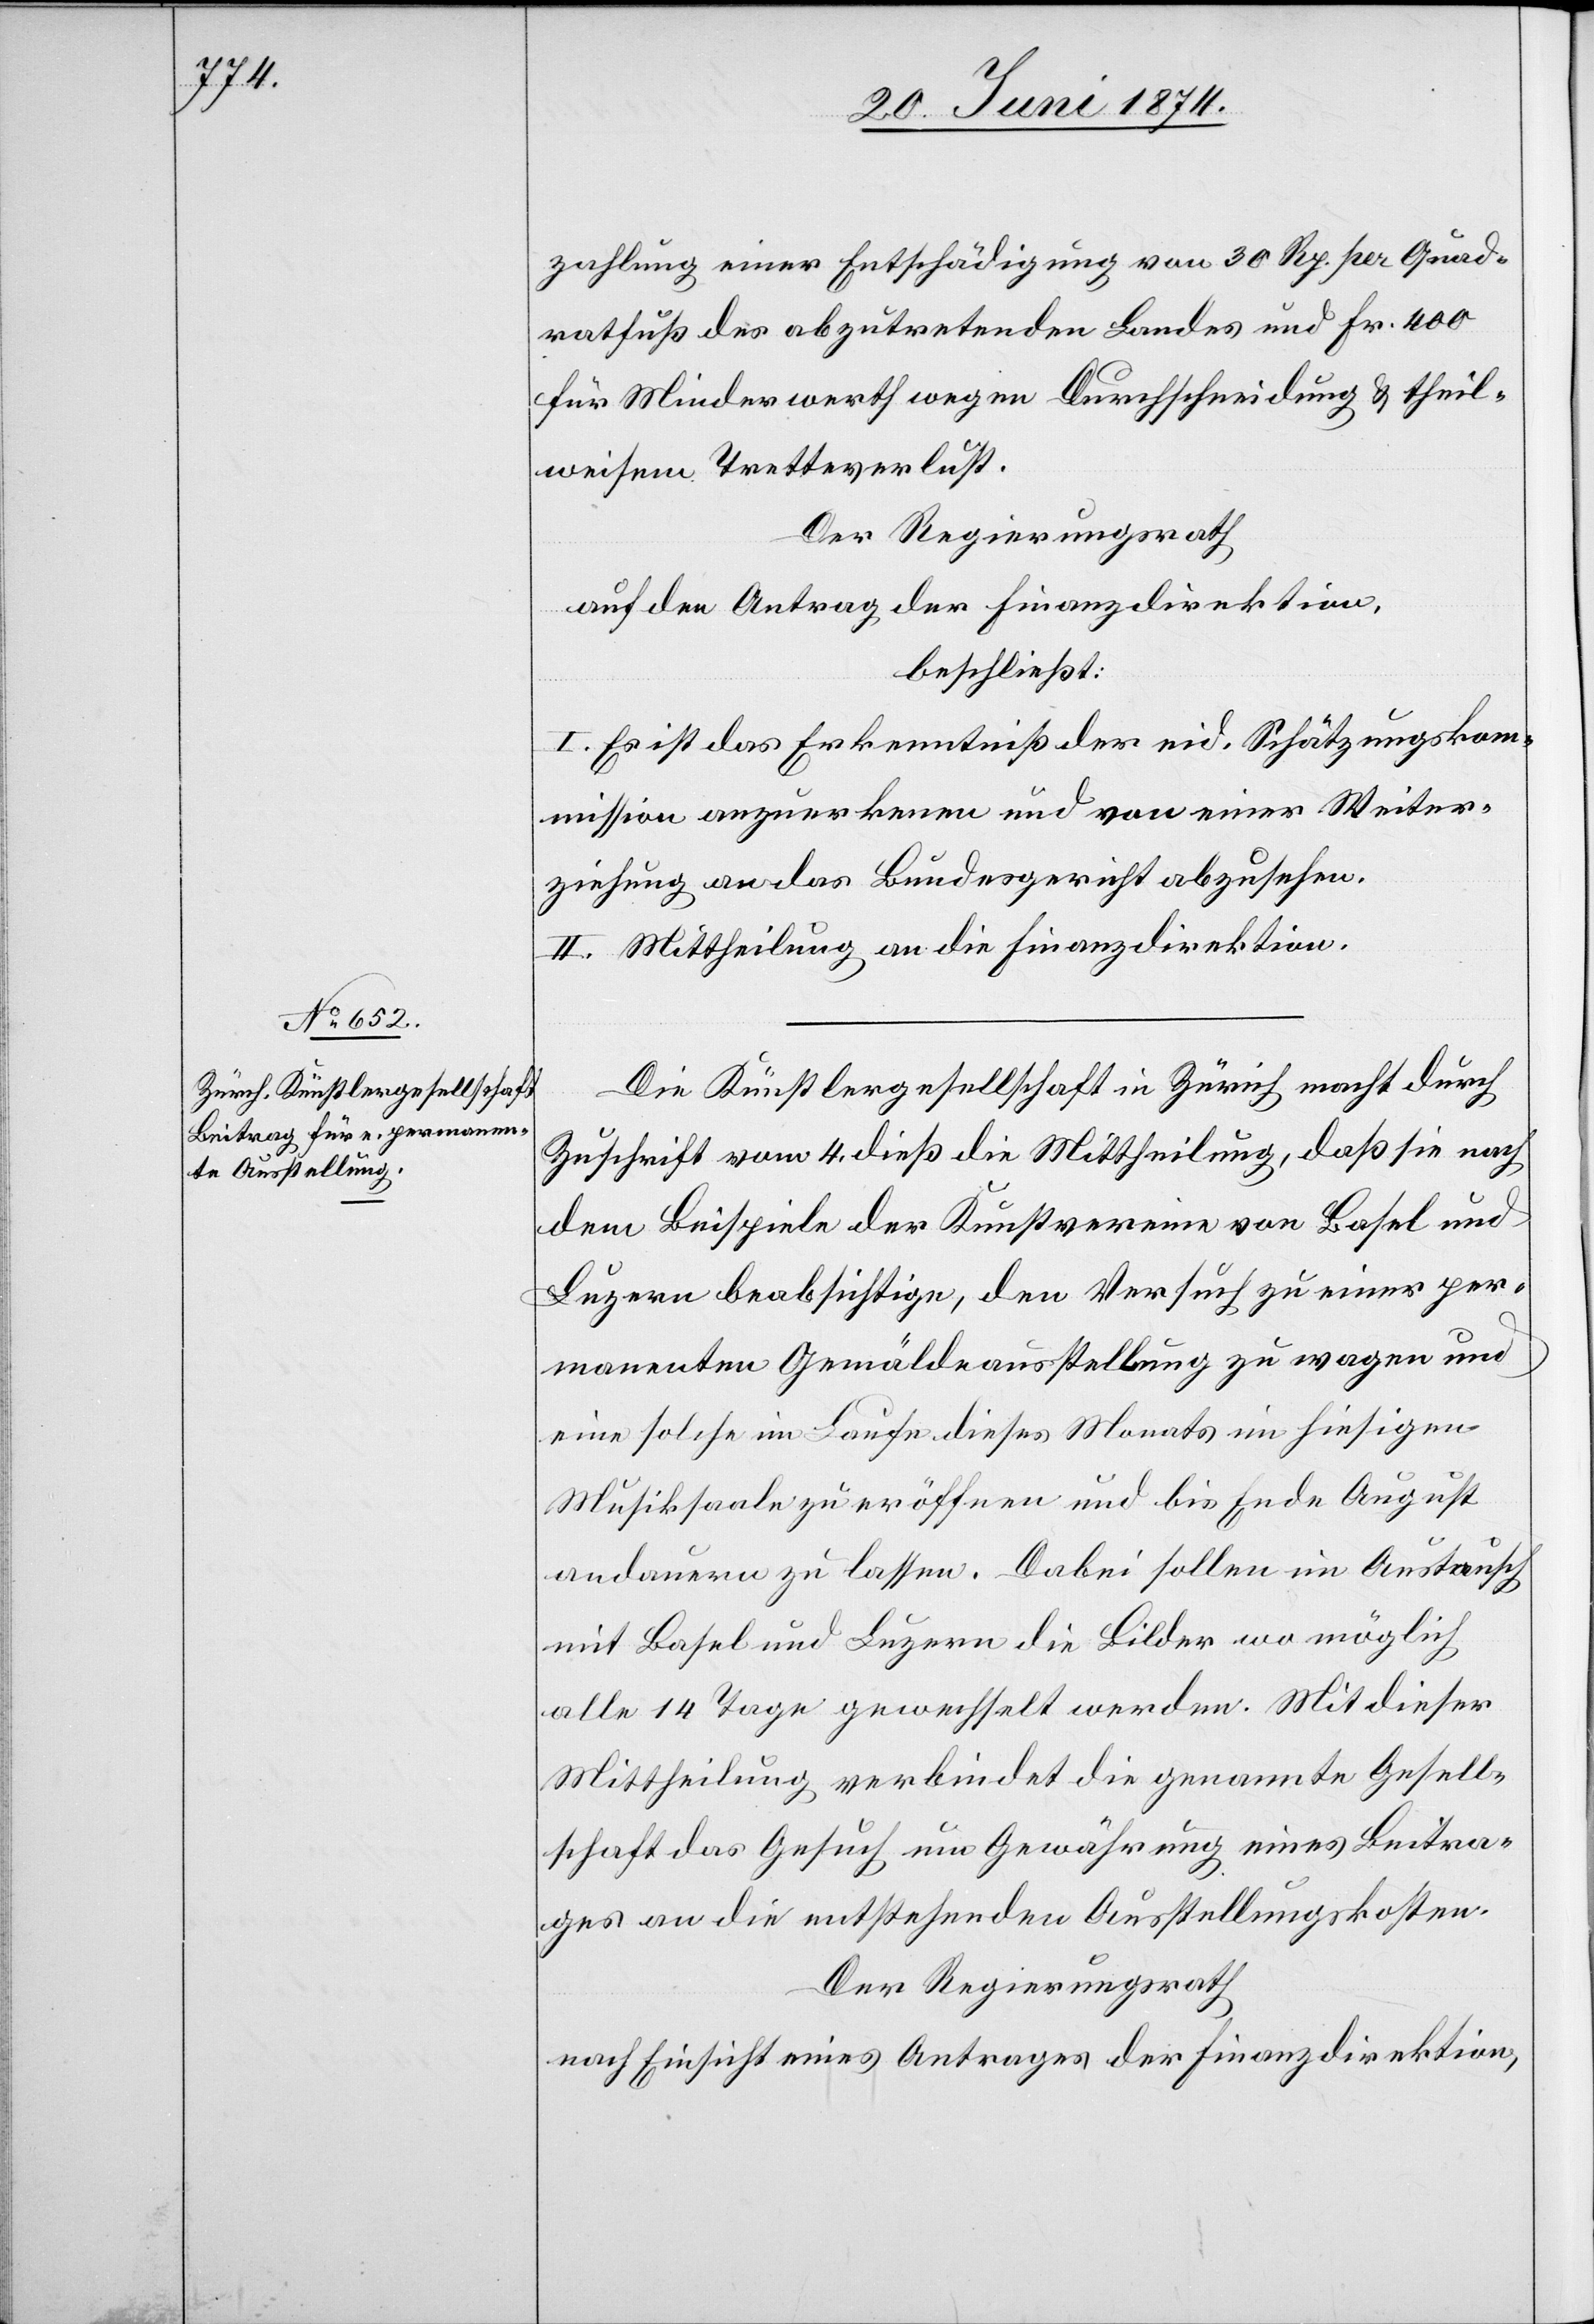
zahlung einer Entschädigung von 30 Rp. per Quad¬
ratfuß des abzutretenden Landes und Fr. 400
für Minderwerth wegen Durchschneidung u. theil¬
weisem Tretteverlust.
Der Regierungsrath
auf den Antrag der Finanzdirektion,
beschließt:
I. Es ist das Erkenntniß der eid. Schätzungskom¬
mission anzuerkennen und von einer Weiter¬
ziehung an das Bundesgericht abzusehen.
II. Mittheilung an die Finanzdirektion.
Die Künstlergesellschaft in Zürich macht durch
Zuschrift vom 4. dieß die Mittheilung, daß sie nach
dem Beispiele der Kunstvereine von Basel und
Luzern beabsichtige, den Versuch zu einer per¬
manenten Gemäldeausstellung zu wagen und
eine solche im Laufe dieses Monats im hiesigen
Musiksaale zu eröffnen und bis Ende August
andauern zu lassen. Dabei sollen im Austausch
mit Basel und Luzern die Bilder wo möglich
alle 14 Tage gewechselt werden. Mit dieser
Mittheilung verbindet die genannte Gesell¬
schaft das Gesuch um Gewährung eines Beitra¬
ges an die entstehenden Ausstellungskosten.
Der Regierungsrath
nach Einsicht eines Antrages der Finanzdirektion,